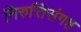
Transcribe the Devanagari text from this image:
निरुत्तिसंगह